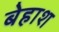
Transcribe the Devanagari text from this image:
बेहाश